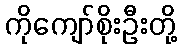
ကိုကျော်စိုးဦးတို့